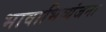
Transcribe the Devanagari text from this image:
भावाभिव्यंजना